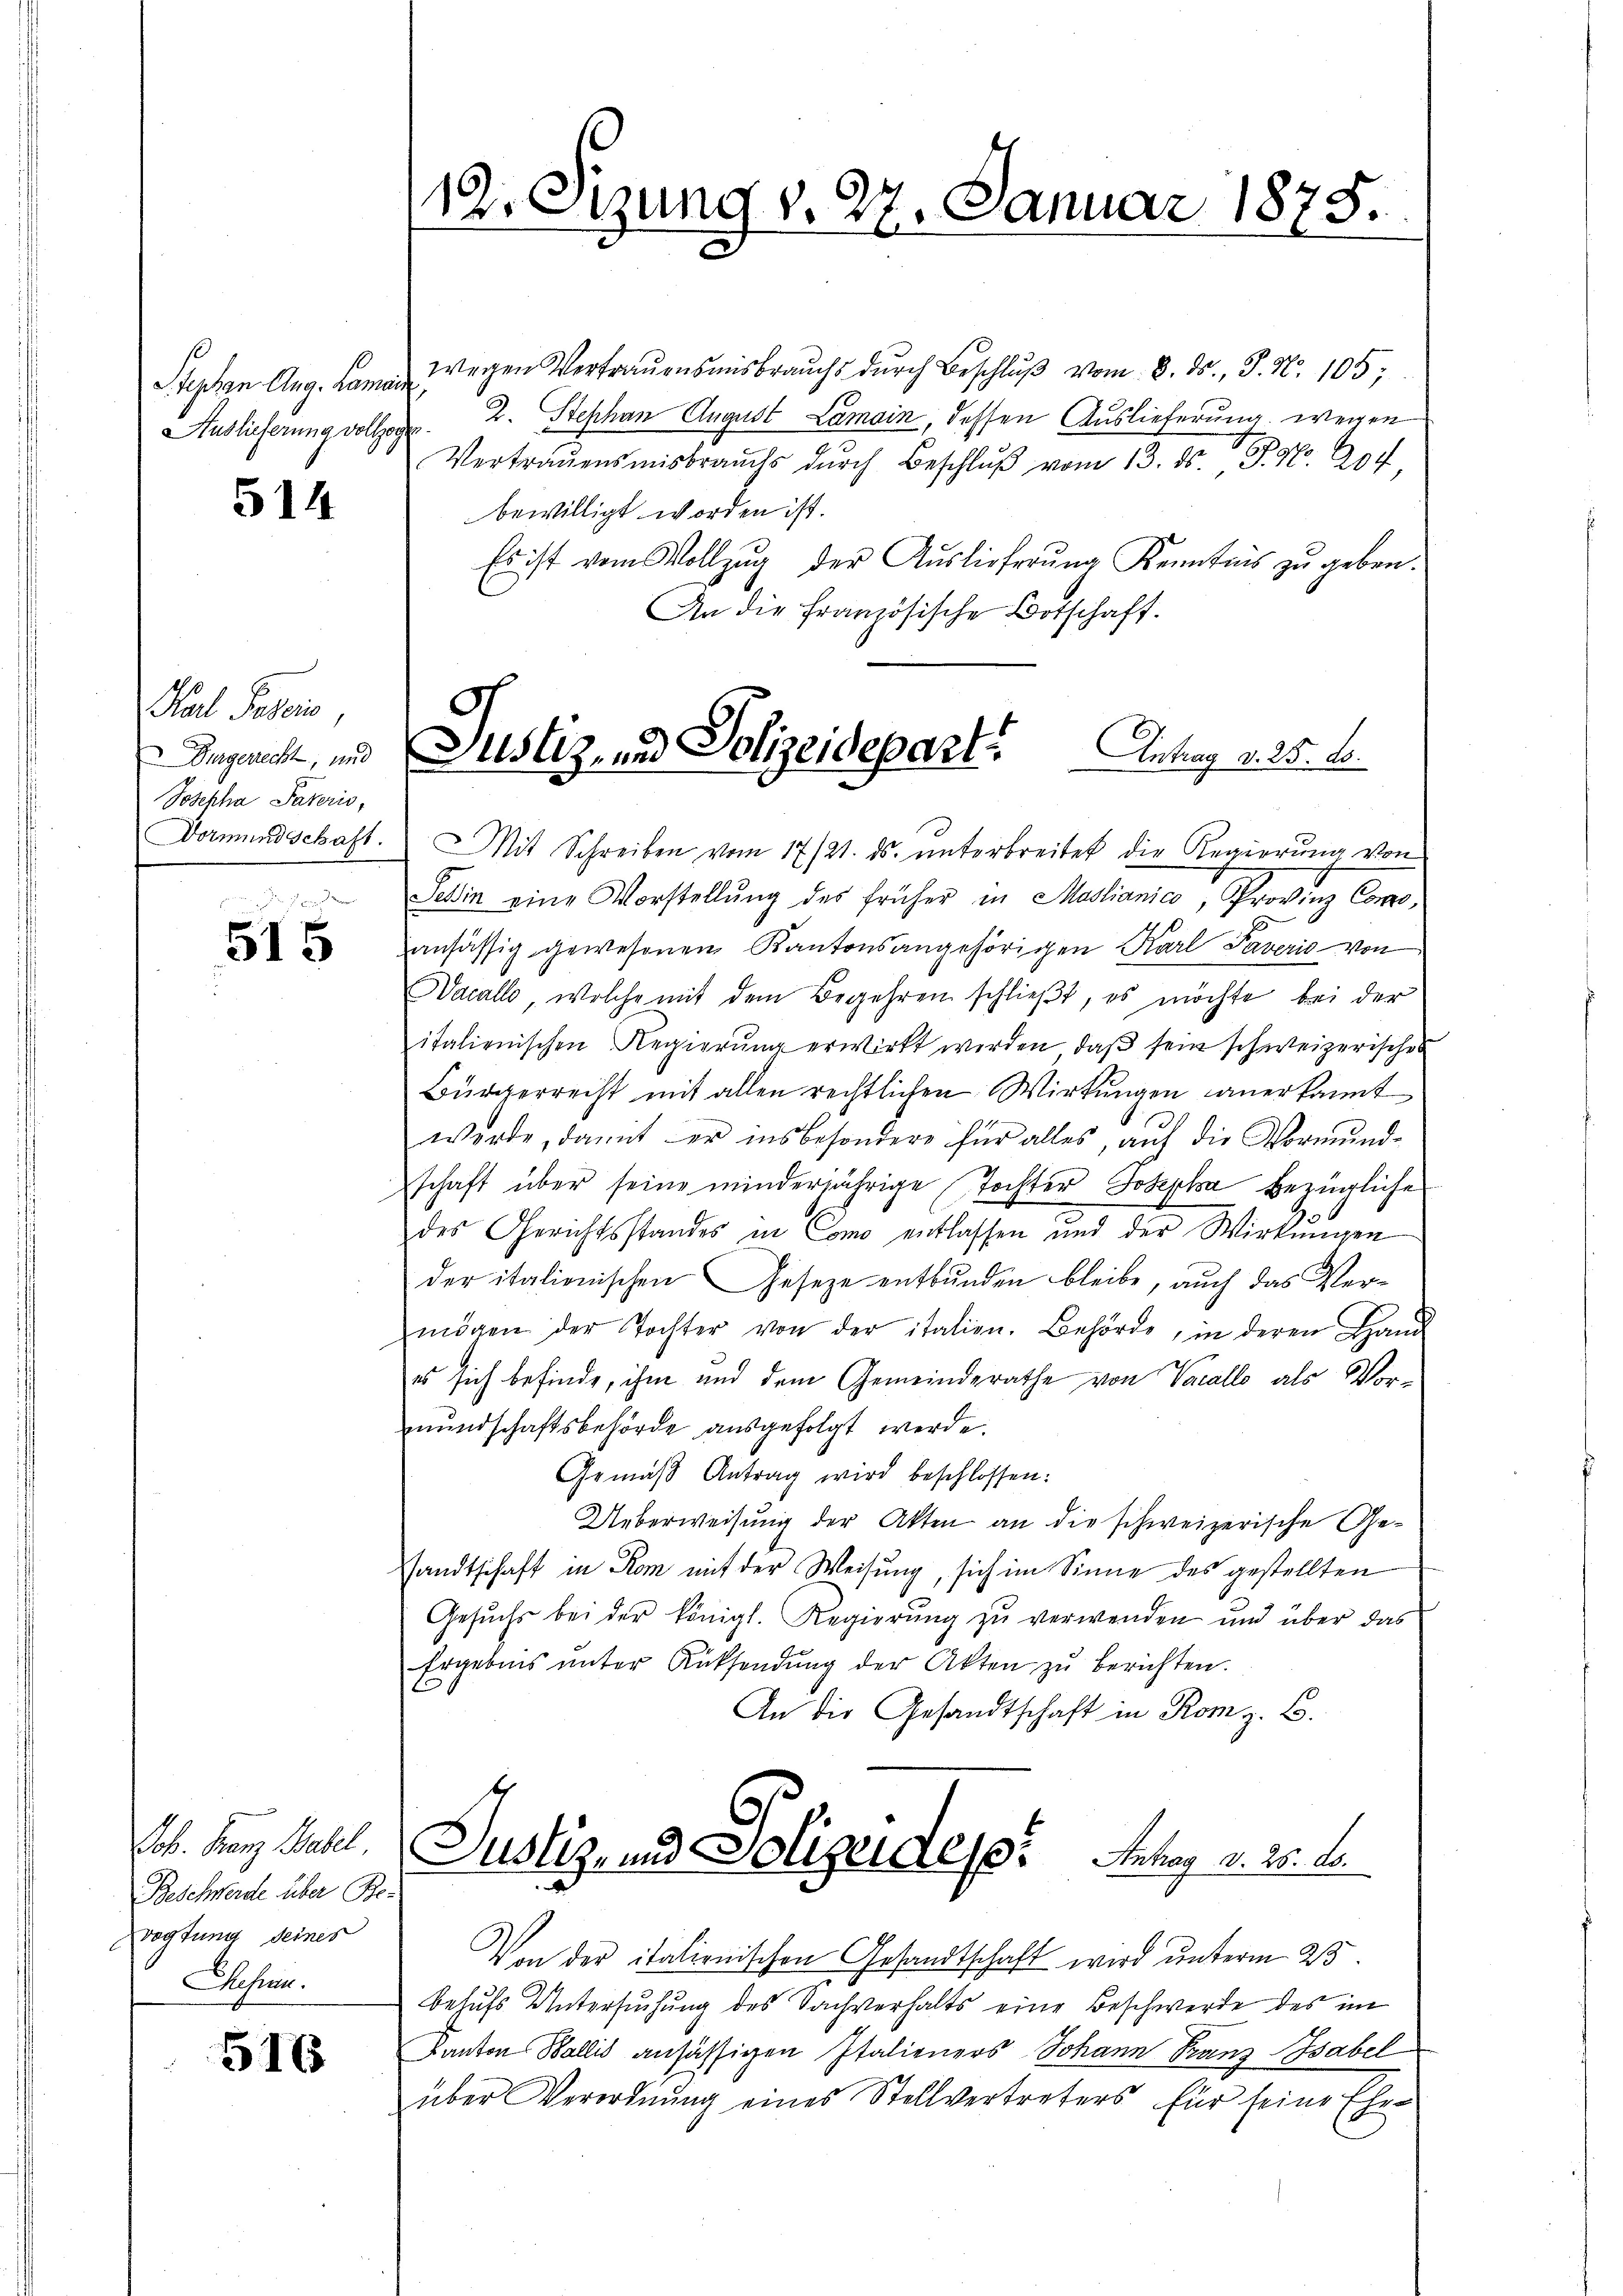
Stephan Aug. Lamais
Auslieferung vollzo

514

Karl Superio,
Dingerecht, und
Josepha Pateris,
Dormundschaft.

515

Joh. Franz Habel.
Beschwerde über Bevogtung seines
Blasien.

516

19. Sitzung v. 27. Januar 1875.

wegen Vertrauensausbrauch durch Beschlŭβ vom 8. ds., P. Nr. 105,
2. Stephan August Lamain, dessen Auslieferung wegen
fe
Vertrauensmisbrauchs dŭrch Beschlŭβ vom 13. ds. P. Nr. 204
bewilligt worden ist.
Es ist vom Vollzug der Auslieferung Kenntnis zu geben.
An die französische Botschaft.
MMit Schreiben vom 17/21. ds. unterbreitet die Regierung von
Selin eine Vorstellŭng des früher in Mastianico, Provinz Comeansässig gewesenen Kantonsangehörigen Karl Paverio von
Wacallo, welche mit dem Begehren schlieβt, es möchte bei der
italienischen Regierung erwirkt werden, daß sein schweizerisches
Bürgerrecht mit allen rechtlichen Wirkungen anerkannt
werde, damit er insbesondere für alles, auf die Vormundschaft über seine minderjährige Tochter Josepha bezügliche
des Gerichtsstandes in Como entlassen und der Wirkungen
der italienischen Geseze entbunden bleibe, auch das Vermögen der Tochter von der italien. Behörde, in deren Hand
es sich befinde, ihm und dem Gemeinderathe von Vacallo als Vormundschaftsbehörde ausgefolgt werde.
Gemäβ Antrag wird beschlossen:
Ueberweisung der Akten an die schweizerische Gesandtschaft in Rom mit der Weisung, sich im Sinne des gestellten
Gesŭchs bei der königl. Regierŭng zŭ verwenden und über das
Ergebnis ŭnter Rüksendŭng der Akten zŭ berichten.
An die Gesandtschaft in Rom z. B.
Justiz- und Polizeiden: Antrag v. 20. d.
Von der italienischen Gesandtschaft wird unterm 25
behufs Untersuchung des Sachverhalts eine Beschwerde des im
Kanton Wallis ansässigen Italieners Johann Franz Gabel
über Verordnŭng eines Stellvertreters für seine Ehe-

Justiz- und Polizeidepart. Antrag v. 25. Lo